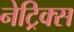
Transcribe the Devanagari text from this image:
नेट्रिक्स